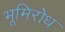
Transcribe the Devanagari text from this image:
भूमिरोध